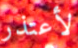
لأعتذر